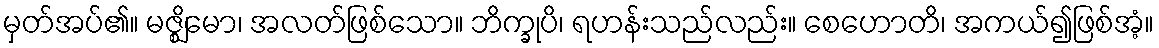
မှတ်အပ်၏။ မဇ္ဈိမော၊ အလတ်ဖြစ်သော။ ဘိက္ခုပိ၊ ရဟန်းသည်လည်း။ စေဟောတိ၊ အကယ်၍ဖြစ်အံ့။